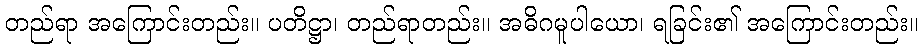
တည်ရာ အကြောင်းတည်း။ ပတိဋ္ဌာ၊ တည်ရာတည်း။ အဓိဂမူပါယော၊ ရခြင်း၏ အကြောင်းတည်း။